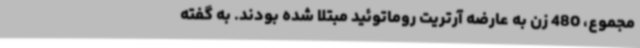
مجموع، 480 زن به عارضه آرتریت روماتوئید مبتلا شده بودند. به گفته